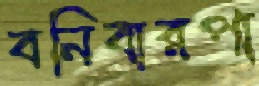
বনিবারপা